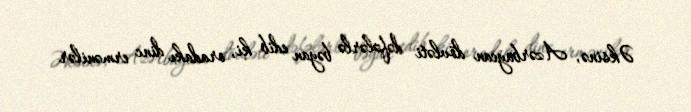
Əksinə, Azərbaycan dövləti dəfələrlə bəyan edib ki, oradakı dinc ermənilər